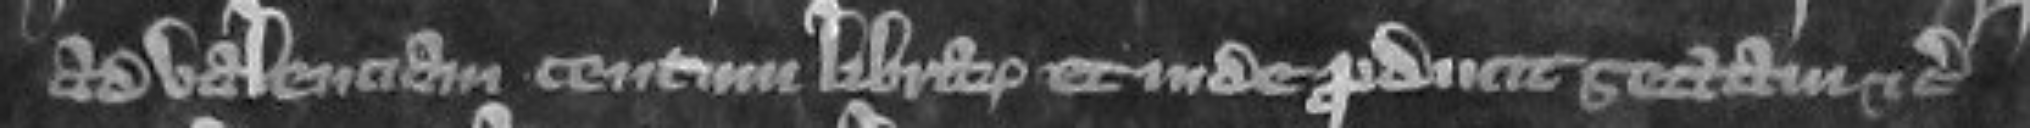
ad valenciam centum librarum Et inde producit sectam